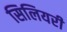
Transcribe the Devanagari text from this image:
सिलियरी